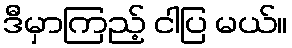
ဒီမှာကြည့် ငါပြ မယ်။